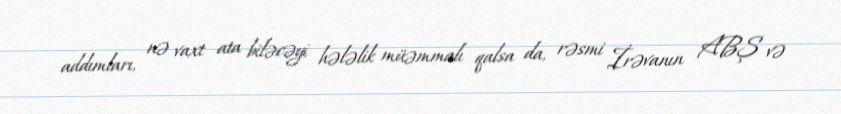
addımları, nə vaxt ata biləcəyi hələlik müəmmalı qalsa da, rəsmi İrəvanın ABŞ və